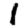
Digit: 1